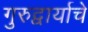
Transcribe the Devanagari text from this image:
गुरुद्वार्याचे